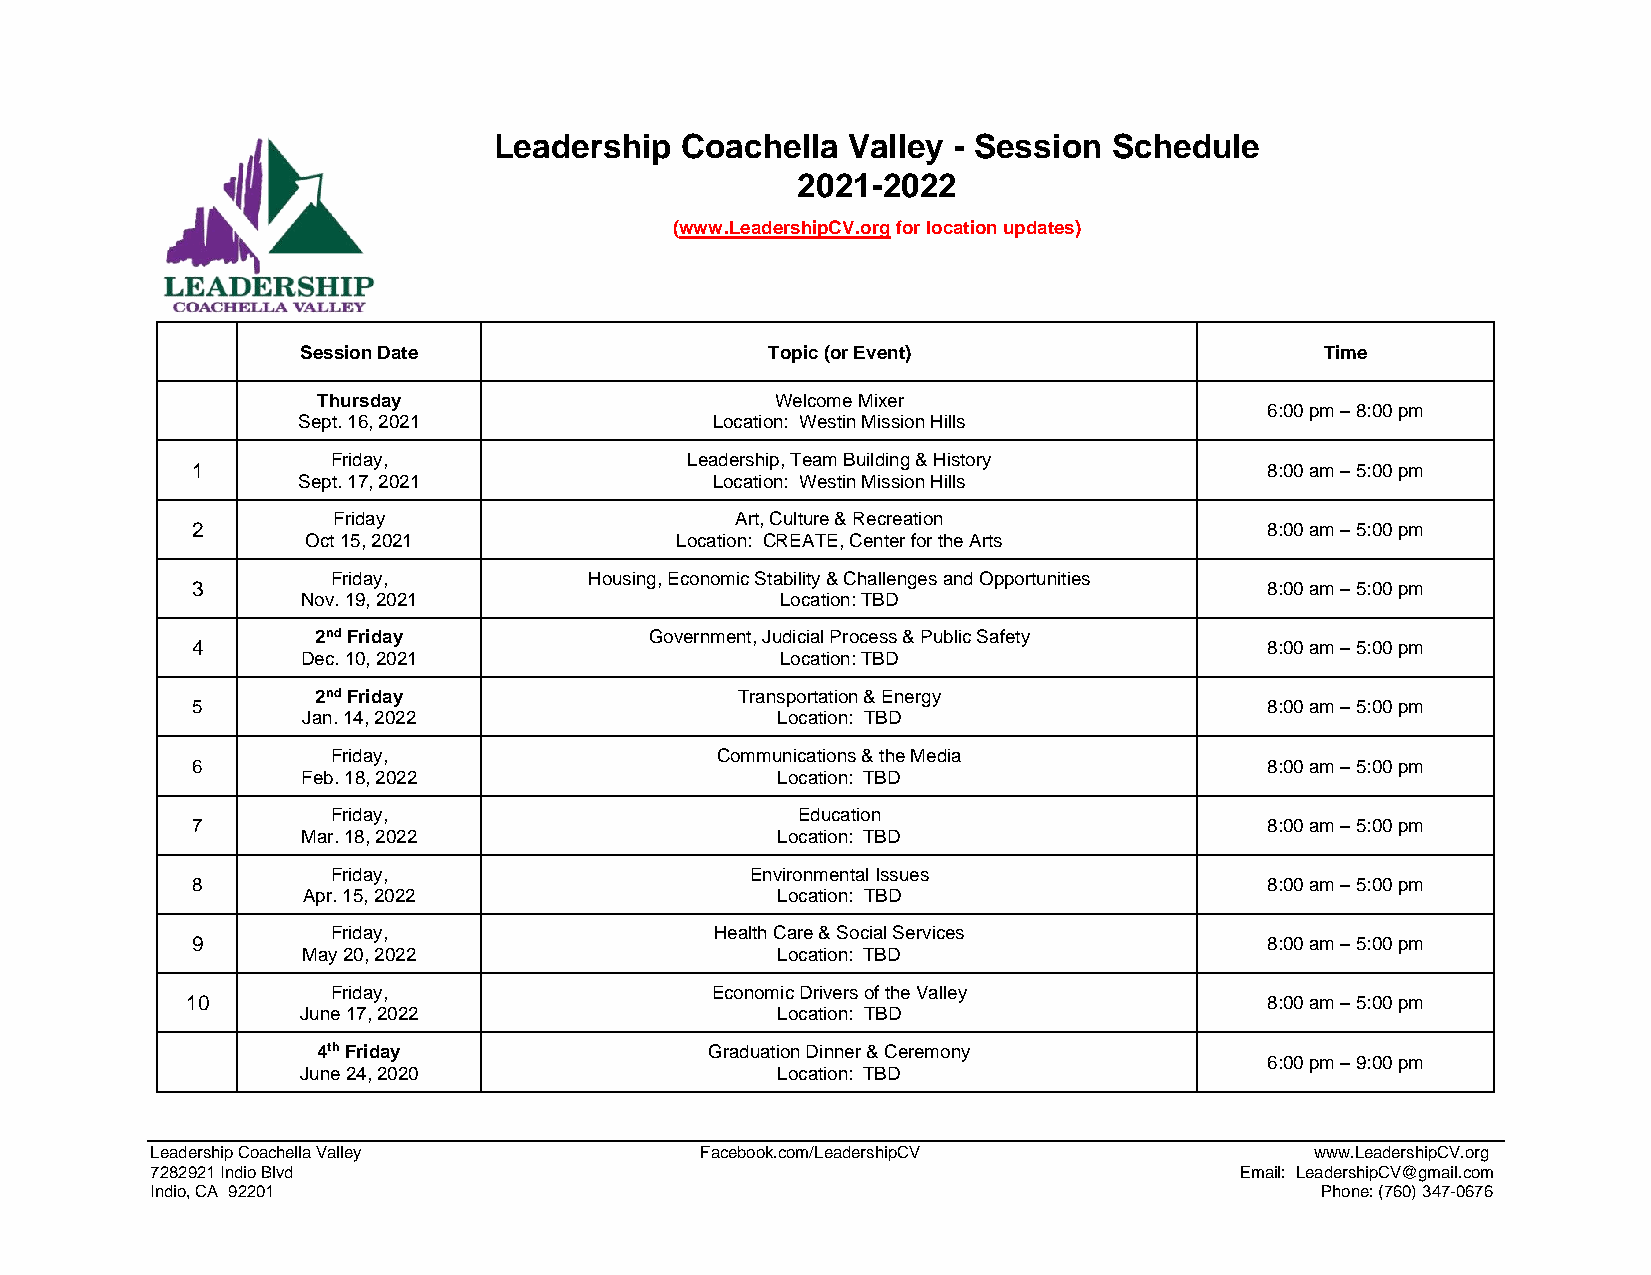
Leadership  Coachella  Valley - Session  Schedule
 2021-2022
 (www.LeadershipCV.org for location updates)
 Session Date                   Topic (or Event)                     Time
 Thursday                      Welcome Mixer
 6:00 pm – 8:00 pm
 Sept. 16, 2021             Location: Westin Mission Hills
 Friday,                Leadership, Team Building & History
 1                                                                      8:00 am – 5:00 pm
 Sept. 17, 2021             Location: Westin Mission Hills
 2
 Friday                     Art, Culture & Recreation
 8:00 am – 5:00 pm
 Oct 15, 2021             Location: CREATE, Center for the Arts
 3
 Friday,          Housing, Economic Stability & Challenges and Opportunities
 8:00 am – 5:00 pm
 Nov. 19, 2021                   Location: TBD
 4
 2nd Friday            Government, Judicial Process & Public Safety
 8:00 am – 5:00 pm
 Dec. 10, 2021                   Location: TBD
 5
 2nd Friday                  Transportation & Energy
 8:00 am – 5:00 pm
 Jan. 14, 2022                  Location: TBD
 6
 Friday,                  Communications & the Media
 8:00 am – 5:00 pm
 Feb. 18, 2022                  Location: TBD
 7
 Friday,                        Education
 8:00 am – 5:00 pm
 Mar. 18, 2022                  Location: TBD
 8
 Friday,                     Environmental Issues
 8:00 am – 5:00 pm
 Apr. 15, 2022                  Location: TBD
 9
 Friday,                  Health Care & Social Services
 8:00 am – 5:00 pm
 May 20, 2022                   Location: TBD
 10
 Friday,                  Economic Drivers of the Valley
 8:00 am – 5:00 pm
 June 17, 2022                  Location: TBD
 4th Friday                Graduation Dinner & Ceremony
 6:00 pm – 9:00 pm
 June 24, 2020                  Location: TBD
 Leadership Coachella Valley         Facebook.com/LeadershipCV                www.LeadershipCV.org
 7282921 Indio Blvd                                                      Email: LeadershipCV@gmail.com
 Indio, CA 92201                                                              Phone: (760) 347-0676